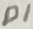
Text: D1